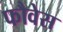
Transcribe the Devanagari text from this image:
फौवेस